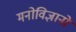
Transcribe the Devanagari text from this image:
मनोविज्ञानों